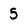
Character: 5